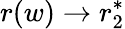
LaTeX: r(w)\rightarrow r_{2}^{*}